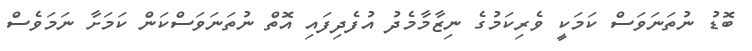
ބޮޑު ނުތަނަވަސް ކަމަކީ ވެރިކަމުގެ ނިޒާމާމެދު އުފެދިފައި އޮތް ނުތަނަވަސްކަން ކަމަށާ ނަމަވެސް